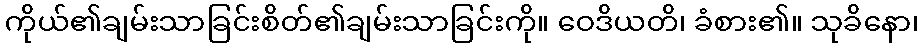
ကိုယ်၏ချမ်းသာခြင်းစိတ်၏ချမ်းသာခြင်းကို။ ဝေဒိယတိ၊ ခံစား၏။ သုခိနော၊